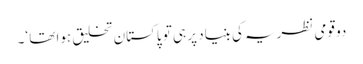
دو قومی نظریہ کی بنیاد پر ہی تو پاکستان تخلیق ہوا تھا ‘۔